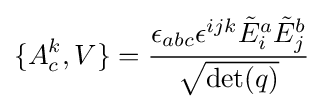
\{A_{c}^{k},V\}={\epsilon _{abc}\epsilon ^{ijk}{\tilde {E}}_{i}^{a}{\tilde {E}}_{j}^{b} \over {\sqrt {\det(q)}}}